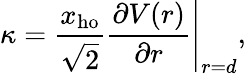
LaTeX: \kappa=\left.\frac{x_{\mathrm{ho}}}{\sqrt{2}}\frac{\partial V(r)}{\partial r}\right|_{r=d},